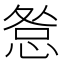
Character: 𢛃